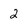
Character: 2